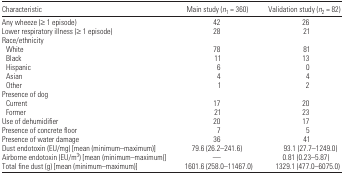
<table><thead><tr><td><b>Characteristic</b></td><td><b>Main study (<i>n</i><sub>1</sub> = 360)</b></td><td><b>Validation study (<i>n</i><sub>2</sub> = 82)</b></td></tr></thead><tbody><tr><td>Any wheeze (≥ 1 episode)</td><td>42</td><td>26</td></tr><tr><td>Lower respiratory illness (≥ 1 episode)</td><td>28</td><td>21</td></tr><tr><td>Race/ethnicity</td><td></td><td></td></tr><tr><td> White</td><td>78</td><td>81</td></tr><tr><td> Black</td><td>11</td><td>13</td></tr><tr><td> Hispanic</td><td>6</td><td>0</td></tr><tr><td> Asian</td><td>4</td><td>4</td></tr><tr><td> Other</td><td>1</td><td>2</td></tr><tr><td colspan="3">Presence of dog</td></tr><tr><td> Current</td><td>17</td><td>20</td></tr><tr><td> Former</td><td>21</td><td>23</td></tr><tr><td>Use of dehumidifier</td><td>20</td><td>17</td></tr><tr><td>Presence of concrete floor</td><td>7</td><td>5</td></tr><tr><td>Presence of water damage</td><td>36</td><td>41</td></tr><tr><td>Dust endotoxin (EU/mg) [mean (minimum–maximum)]</td><td>79.6 (26.2–241.6)</td><td>93.1 (27.7–1249.0)</td></tr><tr><td>Airborne endotoxin (EU/m<sup>3</sup>) [mean (minimum–maximum)]</td><td>—</td><td>0.81 (0.23–5.87)</td></tr><tr><td>Total fine dust (g) [mean (minimum–maximum)]</td><td>1601.6 (258.0–11467.0)</td><td>1329.1 (477.0–6075.0)</td></tr></tbody></table>